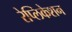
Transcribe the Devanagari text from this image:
रेप्लिकेशन